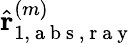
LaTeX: \hat{\mathbf{r}}_{1,\mathrm{~a~b~s~,~r~a~y~}}^{(m)}